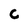
Character: C